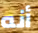
أنه